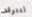
لتتوقف